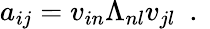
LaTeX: a_{ij}=v_{in}\Lambda_{nl}v_{jl}\ \mathrm{~.~}